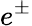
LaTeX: e^{\pm}